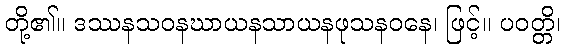
တို့၏။ ဒဿနသဝနဃာယနသာယနဖုသနဝနေ၊ ဖြင့်။ ပဝတ္တိ၊